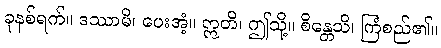
ခုနစ်ရက်။ ဒဿာမိ၊ ပေးအံ့။ ဣတိ၊ ဤသို့။ စိန္တေသိ၊ ကြံစည်၏။